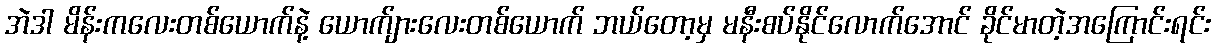
အဲဒါ မိန်းကလေးတစ်ယောက်နဲ့ ယောက်ျားလေးတစ်ယောက် ဘယ်တော့မှ မနီးစပ်နိုင်လောက်အောင် ခိုင်မာတဲ့အကြောင်းရင်း